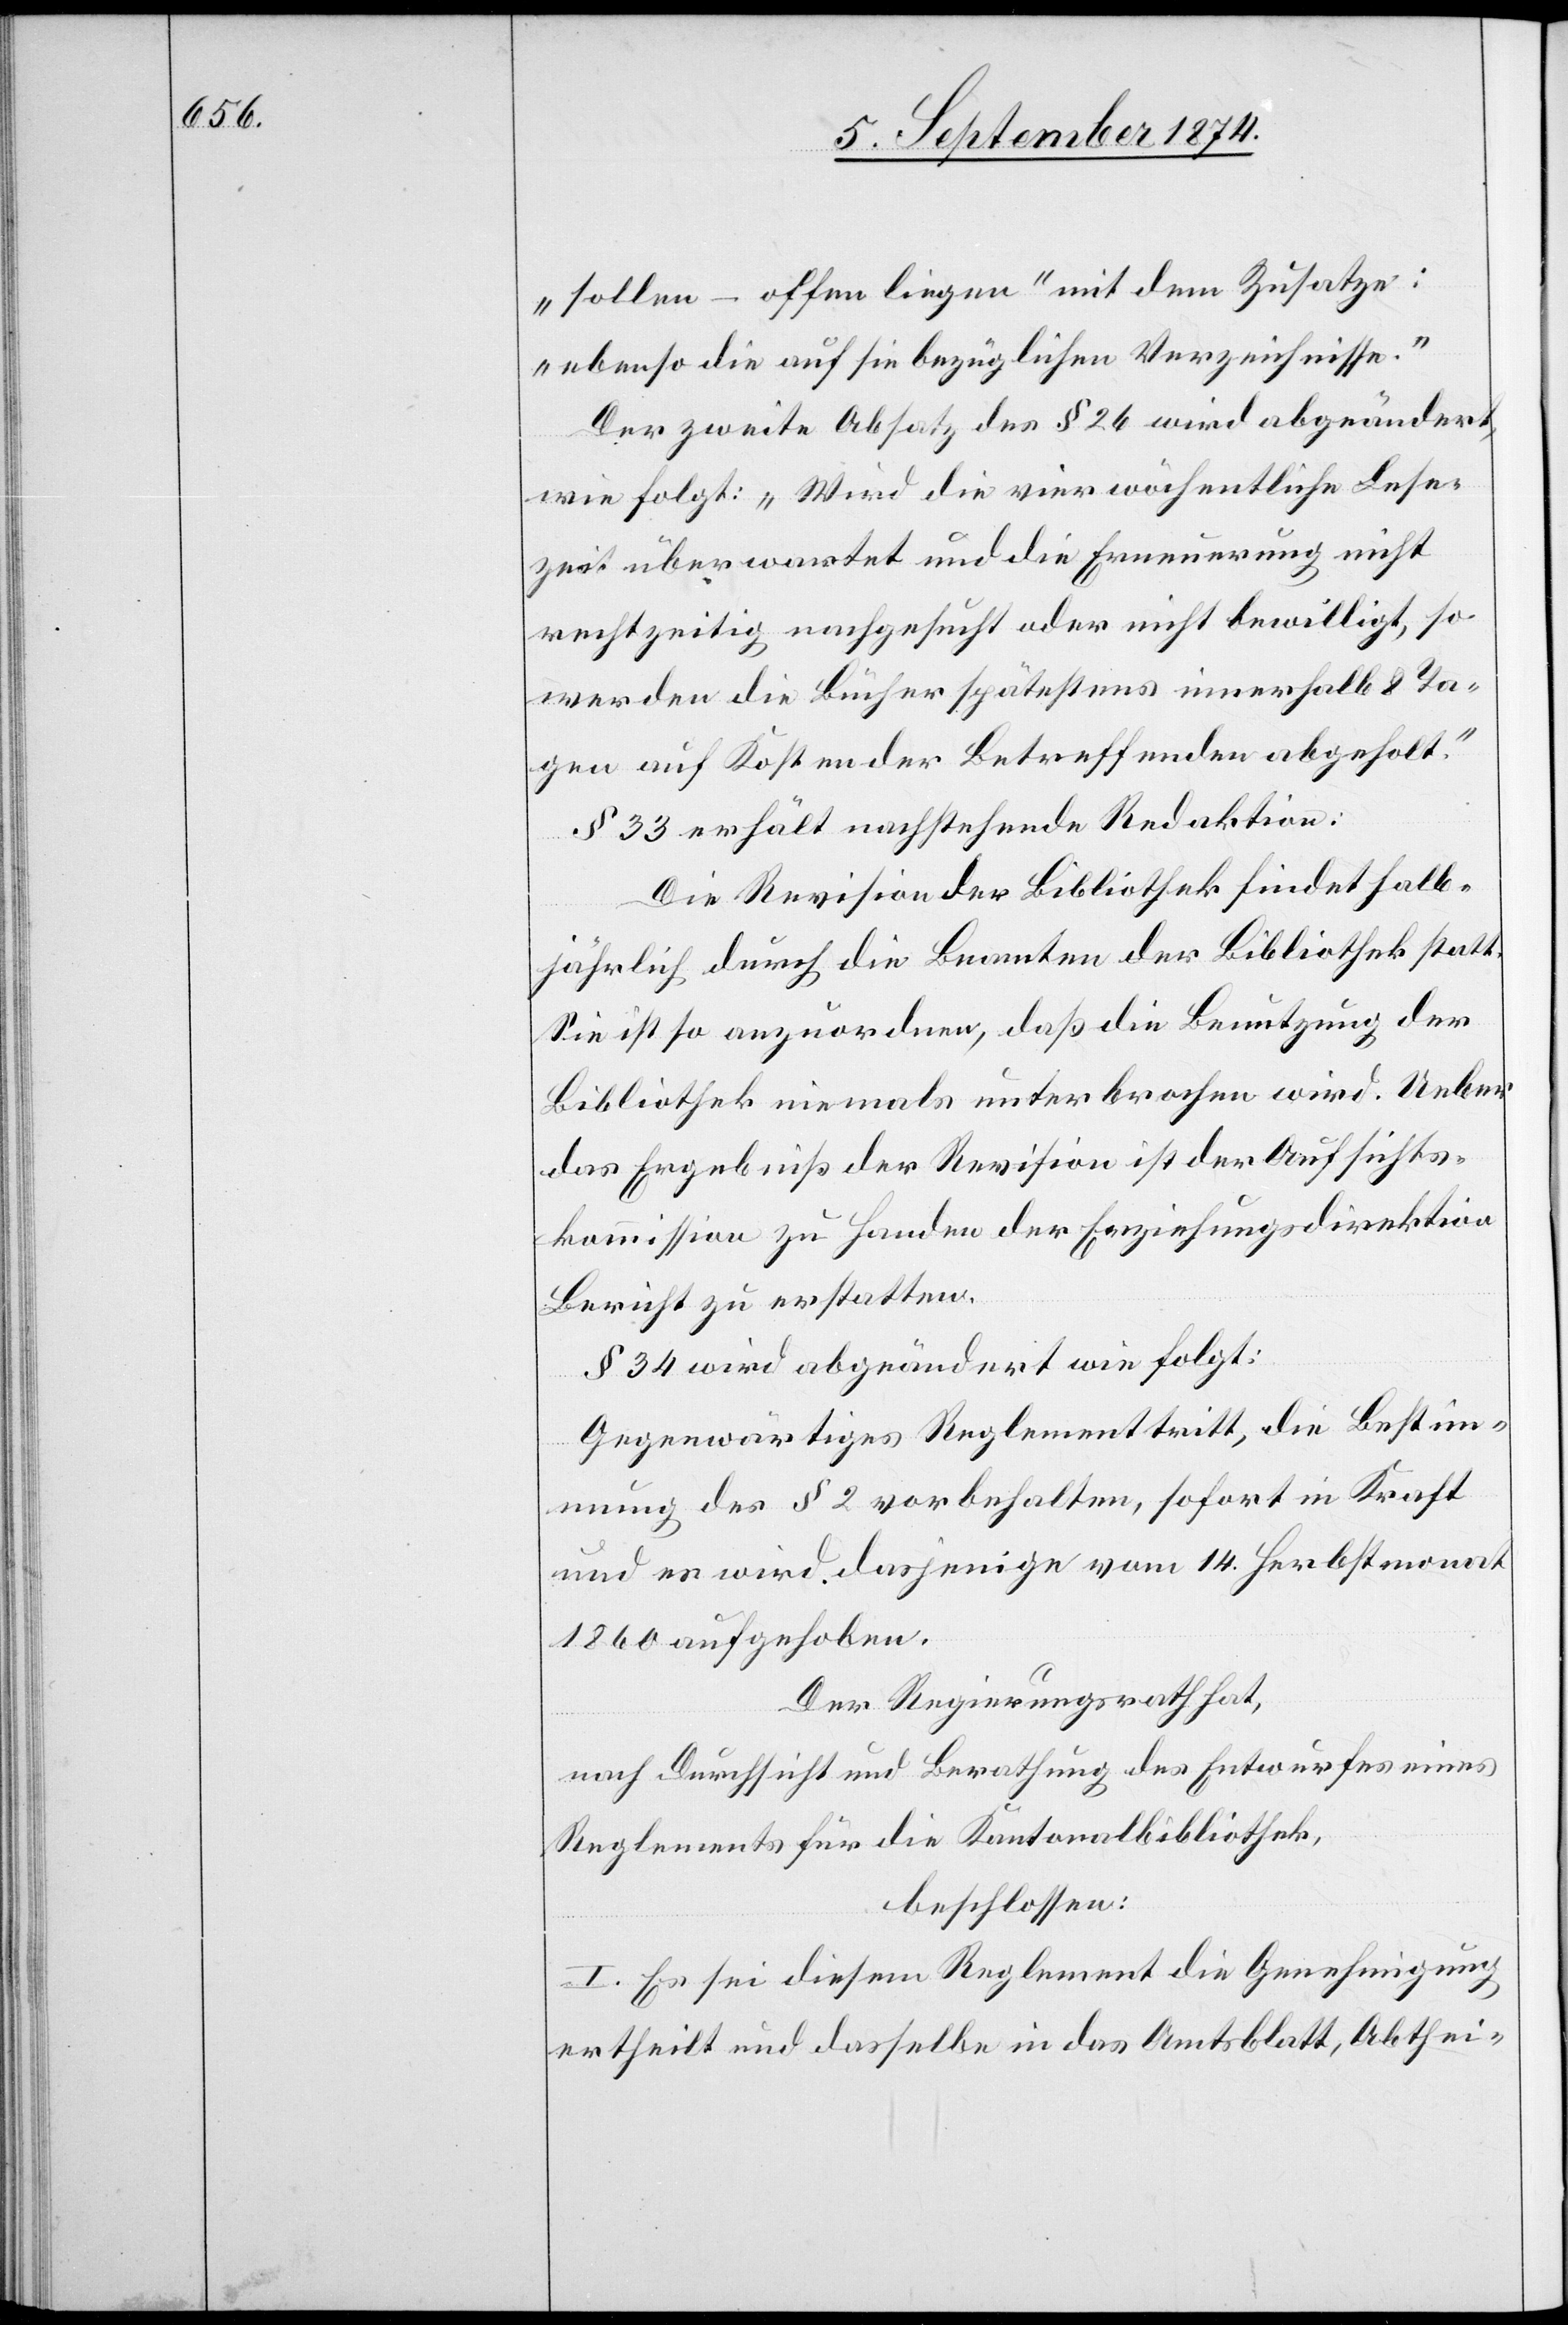
„sollen – offen liegen“ mit dem Zusatze:
„ebenso die auf sie bezüglichen Verzeichnisse.“
Der zweite Absatz des § 26 wird abgeändert,
wie folgt: „Wird die vierwöchentliche Lese¬
zeit überwartet und die Erneuerung nicht
rechtzeitig nachgesucht oder nicht bewilligt, so
werden die Bücher spätestens innerhalb 8 Ta¬
gen auf Kosten der Betreffenden abgeholt.“
§ 33 erhält nachstehende Redaktion:
Die Revision der Bibliothek findet halb¬
jährlich durch die Beamten der Bibliothek statt.
Sie ist so anzuordnen, daß die Benutzung der
Bibliothek niemals unterbrochen wird. Ueber
das Ergebniß der Revision ist der Aufsichts¬
kommission zu Handen der Erziehungsdirektion
Bericht zu erstatten.
§ 34 wird abgeändert wie folgt:
Gegenwärtiges Reglement tritt, die Bestim¬
mung des § 2 vorbehalten, sofort in Kraft
und es wird dasjenige vom 14. Herbstmonat
1860 aufgehoben.
Der Regierungsrath hat,
nach Durchsicht und Berathung des Entwurfes eines
Reglements für die Kantonalbibliothek,
beschlossen:
I. Es sei diesem Reglement die Genehmigung
ertheilt und dasselbe in das Amtsblatt, Abthei-